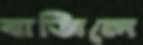
বাজিলে